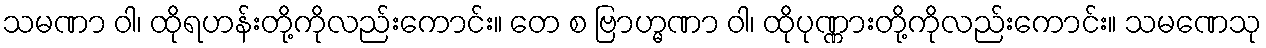
သမဏာ ဝါ၊ ထိုရဟန်းတို့ကိုလည်းကောင်း။ တေ စ ဗြာဟ္မဏာ ဝါ၊ ထိုပုဏ္ဏားတို့ကိုလည်းကောင်း။ သမဏေသု